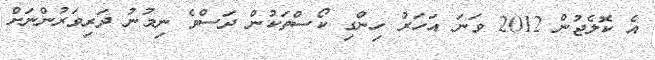
އެ ކޮލެޖުން 2012 ވަނަ އަހަރު ހިންގި ކޯސްތަކުން ދަސްވެ ނިމުނު ދަރިވަރުންނަށް